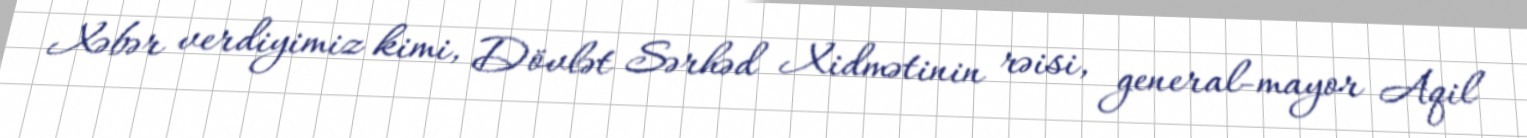
Xəbər verdiyimiz kimi, Dövlət Sərhəd Xidmətinin rəisi, general-mayor Aqil